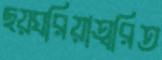
ছয়ঘরিয়াত্বরিত